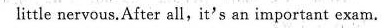
little nervous.After all, it's an important exam.